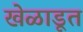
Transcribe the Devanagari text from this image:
खेळाडूत